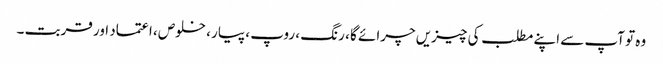
وہ تو آپ سے اپنے مطلب کی چیزیں چرائے گا ، رنگ ، روپ ، پیار ، خلوص ، اعتماد اور قربت ۔